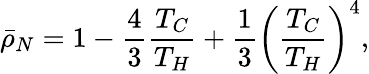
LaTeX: \bar{\rho}_{N}=1-\frac{4}{3}\frac{T_{C}}{T_{H}}+\frac{1}{3}\left(\frac{T_{C}}{T_{H}}\right)^{4},